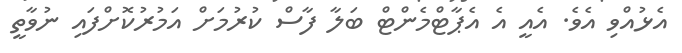
އެޅުއްވި އެވެ. އެއީ އެ އެޕާޓްމެންޓް ބަލާ ފާސް ކުރުމަށް އަމުރުކޮށްފައި ނުވާތީ